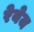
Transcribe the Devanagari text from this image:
रेयेज